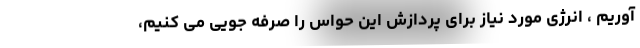
آوریم ، انرژی مورد نیاز برای پردازش این حواس را صرفه جویی می کنیم،